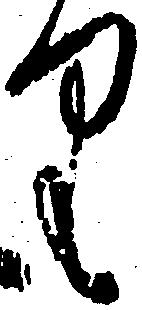
り